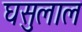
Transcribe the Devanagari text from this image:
घसुलाल